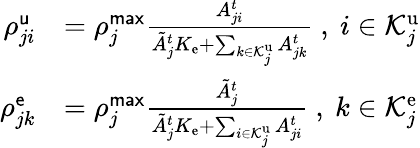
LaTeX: \begin{array}{rl}{\rho_{ji}^{\mathsf{u}}}&{=\rho_{j}^{\mathsf{max}}\frac{{A}_{ji}^{t}}{\tilde{A}_{j}^{t}K_{\mathrm{e}}+\sum_{k\in\mathcal{K}_{j}^{\mathrm{u}}}{A}_{jk}^{t}}\ ,~i\in\mathcal{K}_{j}^{\mathrm{u}}}\\ {\rho_{jk}^{\mathsf{e}}}&{=\rho_{j}^{\mathsf{max}}\frac{\tilde{A}_{j}^{t}}{\tilde{A}_{j}^{t}K_{\mathrm{e}}+\sum_{i\in\mathcal{K}_{j}^{\mathrm{u}}}{A}_{ji}^{t}}\ ,~k\in\mathcal{K}_{j}^{\mathrm{e}}}\end{array}